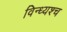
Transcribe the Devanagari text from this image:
विन्ध्यश्च